Annual administration report of the Civil Veterinary Department of India - 1895-1896
Year: 1895
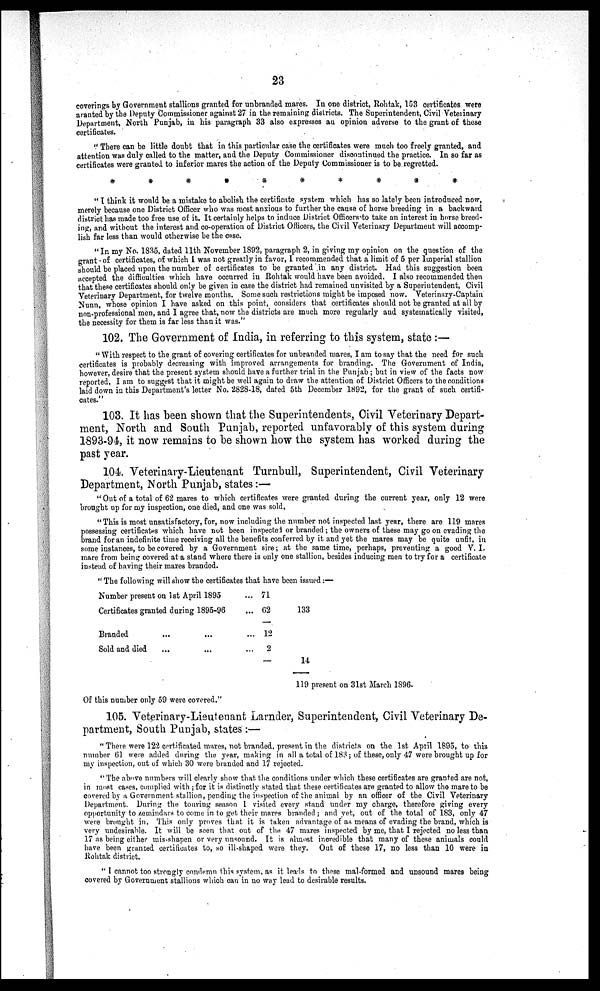
23
coverings by Government stallions granted for unbranded mares. In one district, Rohtak, 153 certificates were
aranted by the Deputy Commissioner against 27 in the remaining districts. The Superintendent, Civil Veterinary
Department, North Punjab, in his paragraph 33 also expresses an opinion adverse to the grant of these
certificates.
"There can be little doubt that in this particular case the certificates were much too freely granted, and
attention was duly called to the matter, and the Deputy Commissioner discontinued the practice. In so far as
certificates were granted to inferior mares the action of the Deputy Commissioner is to be regretted.
* * * * * * * * * *
"I think it would be a mistake to abolish the certificate system which has so lately been introduced now,
merely because one District Officer who was most anxious to further the cause of horse breeding in a backward
district has made too free use of it. It certainly helps to induce District Officers to take an interest in horse breed-
ing, and without the interest and co-operation of District Officers, the Civil Veterinary Department will accomp-
lish far less than would otherwise be the case.
"In my No. 1835, dated 11th November 1892, paragraph 2, in giving my opinion on the question of the
grant of certificates, of which I was not greatly in favor, I recommended that a limit of 5 per Imperial stallion
should be placed upon the number of certificates to be granted in any district. Had this suggestion been
accepted the difficulties which have occurred in Rohtak would have been avoided. I also recommended then
that these certificates should only be given in case the district had remained unvisited by a Superintendent, Civil
Veterinary Department, for twelve months. Some such restrictions might be imposed now. Veterinary-Captain
Nunn, whose opinion I have asked on this point, considers that certificates should not be granted at all by
non-professional men, and I agree that, now the districts are much more regularly and systematically visited,
the necessity for them is far less than it was."
102. The Government of India, in referring to this system, state:—
"With respect to the grant of covering certificates for unbranded mares, I am to say that the need for such
certificates is probably decreasing with improved arrangements for branding. The Government of India,
however, desire that the present system should have a further trial in the Punjab; but in view of the facts now
reported, I am to suggest that it might be well again to draw the attention of District Officers to the conditions
laid down in this Department's letter No. 2828-18, dated 5th December 1892, for the grant of such certifi-
cates."
103. It has been shown that the Superintendents, Civil Veterinary Depart-
ment, North and South Punjab, reported unfavorably of this system during
1893-94, it now remains to be shown how the system has worked during the
past year.
104. Veterinary-Lieutenant Turnbull, Superintendent, Civil Veterinary
Department, North Punjab, states:—
"Out of a total of 62 mares to which certificates were granted during the current year, only 12 were
brought up for my inspection, one died, and one was sold.
"This is most unsatisfactory, for, now including the number not inspected last year, there are 119 mares
possessing certificates which have not been inspected or branded; the owners of these may go on evading the
brand for an indefinite time receiving all the benefits conferred by it and yet the mares may be quite unfit, in
some instances, to be covered by a Government sire; at the same time, perhaps, preventing a good V. I.
mare from being covered at a stand where there is only one stallion, besides inducing men to try for a certificate
instead of having their mares branded.
"The following will show the certificates that have been issued:—
Number present on 1st April 1895
Certificates granted during 1895-96
Branded ... ...
Sold and died ... ...
... 71
... 62
... 12
... 2
—
133
14
119 present on 31st March 1896.
Of this number only 59 were covered."
105. Veterinary-Lieutenant Larnder, Superintendent, Civil Veterinary De-
partment, South Punjab, states:—
"There were 122 certificated mares, not branded, present in the districts on the 1st April 1895, to this
number 61 were added during the year, making in all a total of 183; of these, only 47 were brought up for
my inspection, out of which 30 were branded and 17 rejected.
"The above numbers will clearly show that the conditions under which these certificates are granted are not,
in most cases, complied with; for it is distinctly stated that these certificates are granted to allow the mare to be
covered by a Government stallion, pending the inspection of the animal by an officer of the Civil Veterinary
Department. During the touring season I visited every stand under my charge, therefore giving every
opportunity to zemindars to come in to get their mares branded; and yet, out of the total of 183, only 47
were brought in. This only proves that it is taken advantage of as means of evading the brand, which is
very undesirable. It will be seen that out of the 47 mares inspected by me, that I rejected no less than
17 as being either mis-shapen or very unsound. It is almost incredible that many of these animals could
have been granted certificates to, so ill-shaped were they. Out of these 17, no less than 10 were in
Rohtak district.
"I cannot too strongly condemn this system, as it leads to these mal-formed and unsound mares being
covered by Government stallions which can in no way lead to desirable results.